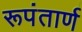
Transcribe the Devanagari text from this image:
रूपंतार्ण